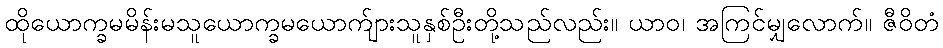
ထိုယောက္ခမမိန်းမသူယောက္ခမယောက်ျားသူနှစ်ဦးတို့သည်လည်း။ ယာဝ၊ အကြင်မျှလောက်။ ဇီဝိတံ